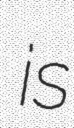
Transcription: is